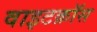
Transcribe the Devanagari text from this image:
वाइटक्रॉस